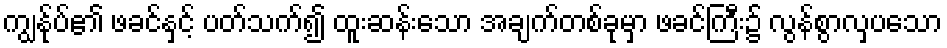
ကျွန်ုပ်၏ ဖခင်နှင့် ပတ်သက်၍ ထူးဆန်းသော အချက်တစ်ခုမှာ ဖခင်ကြီး၌ လွန်စွာလှပသော